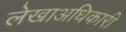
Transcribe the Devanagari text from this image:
लेखाअधिकारी